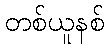
တစ်ယူနစ်